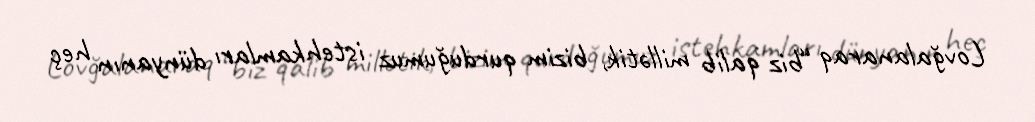
Lovğalanaraq “biz qalib millətik, bizim qurduğumuz istehkamları dünyanın heç